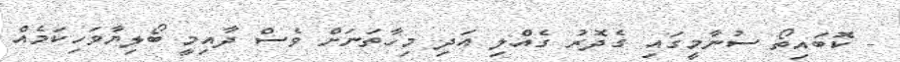
- ކޮބައިތޯ ސުނާމީގައި ގެދޮރު ގެއްލި އަދި މިހާތަނަށް ވެސް ދާއިމީ ބޯލިޔާވަހިކަމެއް